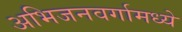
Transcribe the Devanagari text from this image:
अभिजनवर्गामध्ये